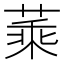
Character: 𦶝